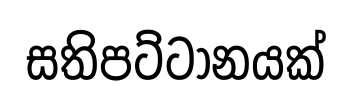
සතිපට්ටානයක්